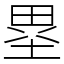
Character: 塁